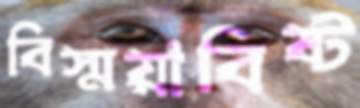
বিস্ময়াবিষ্ট